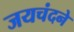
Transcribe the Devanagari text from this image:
जयचंदने